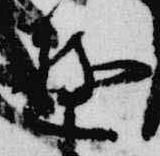
遊